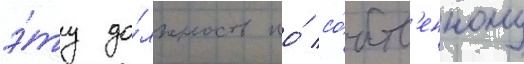
э́ту до́лжность по́ со́бств'енному